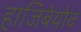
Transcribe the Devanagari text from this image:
हाजिबेयोव